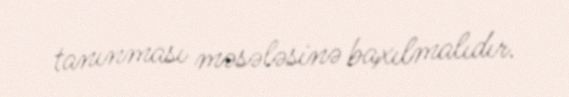
tanınması məsələsinə baxılmalıdır.